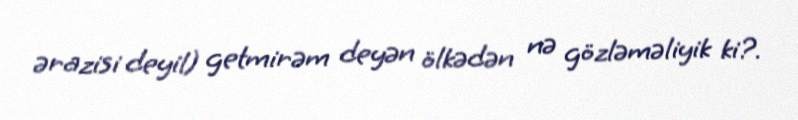
ərazisi deyil) getmirəm deyən ölkədən nə gözləməliyik ki?.